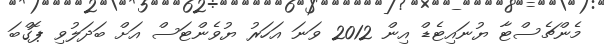
މެންޗެސްޓާ ޔުނައިޓެޑް އިން 2012 ވަނަ އަހަރު ޔުވެންޓަސް އަށް ބަދަލުވި ޕޮގްބަ